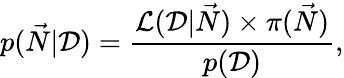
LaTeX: p(\vec{N}|\mathcal D)=\frac{\mathcal{L}(\mathcal D|\vec{N})\times\pi(\vec{N})}{p(\mathcal D)},